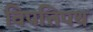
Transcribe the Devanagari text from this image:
विपत्तिपथ